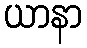
ယာနာ